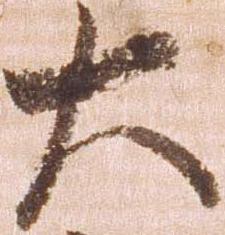
大